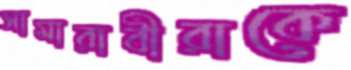
সামারাবীরাকে